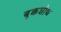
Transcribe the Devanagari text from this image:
बृक्कशोथ